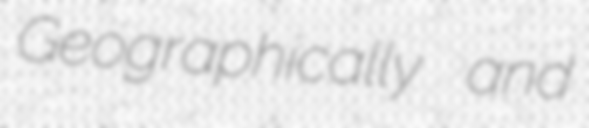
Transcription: Geographically and